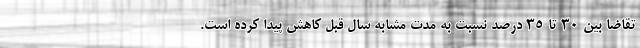
تقاضا بین ۳۰ تا ۳۵ درصد نسبت به مدت مشابه سال قبل کاهش پیدا کرده است.